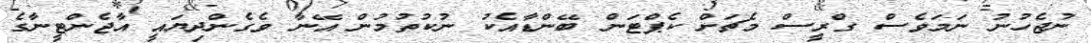
ނުޖެހުނު ނަމަވެސް ގްރީސް މެޗަށް ކެޕްޓަން ބޭންޑާއެކު ނުކުތުމުން އޭނާ ވެގެންދިޔައީ އާޖެންޓީނާގެ